Indian Civil Veterinary Department memoirs
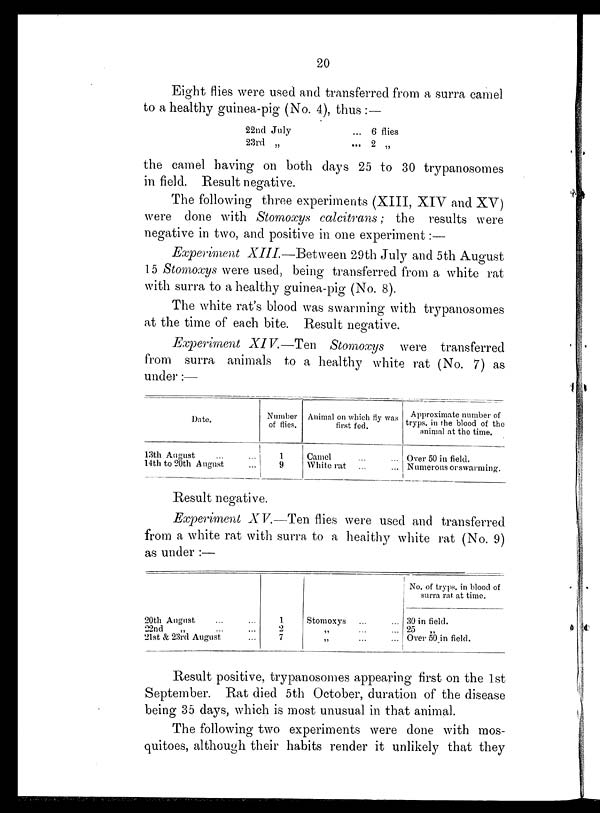
20
Eight flies were used and transferred from a surra camel
to a healthy guinea-pig (No. 4), thus :—
22nd July
23rd „
... 6 flies
... 2 „
the camel having on both days 25 to 30 trypanosomes
in field. Result negative.
The following three experiments (XIII, XIV and XV)
were done with Stomoxys calcitrans; the results were
negative in two, and positive in one experiment:—
Experiment XIII.—Between 29th July and 5th August
15 Stomoxys were used, being transferred from a white rat
with surra to a healthy guinea-pig (No. 8).
The white rat's blood was swarming with trypanosomes
at the time of each bite. Result negative.
Experiment XIV.—Ten
Stomoxys were transferred
from surra animals to a healthy white rat (No. 7) as
under:—
Date.
13th August ... ...
14th to 20th August ...
Number
of flies.
1
9
Animal on which fly was
Camel ... ...
White rat
...
Approximate number of
tryps. in the blood of the
animal at the time.
Over 50 in field.
Numerous or swarming.
Result negative.
Experiment XV.—Ten flies were used and transferred
from a white rat with surra to a healthy white rat (No. 9)
as under :—
20th August ... ...
22nd
„
...
...
2lst & 23rd August ...
1
2
7
Stomoxys ... ...
„ ... ...
„ ... ...
No. of tryps. in blood of
surra rat at time.
30 in field.
25
Over 50 in field.
Result positive, trypanosomes appearing first on the 1st
September. Rat died 5th October, duration of the disease
being 35 days, which is most unusual in that animal.
The following two experiments were done with mos-
quitoes, although their habits render it unlikely that they